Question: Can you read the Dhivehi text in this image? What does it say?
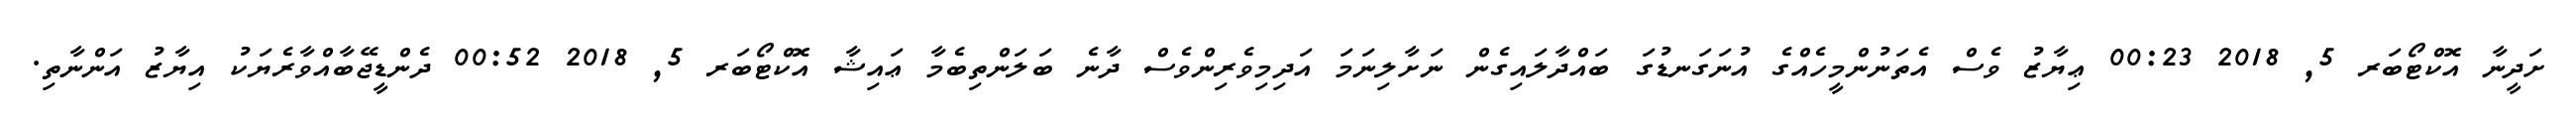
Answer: ށަދީނާ އޮކްޓޯބަރ 5, 2018 00:23 ޢިޔާޒު ވެސް އެތަނުންމީހެއްގެ އުނަގަނޑުގަ ބައްދާލައިގެން ނަށާލިނަމަ އަދިމިވެރިންވެސް ދާނެ ބަލަންތިބެމާ ޢައިޝާ އޮކްޓޯބަރ 5, 2018 00:52 ދެންޑީޖޭބާއްވާރެޔަކު އިޔާޒު އަންނާތި.